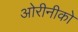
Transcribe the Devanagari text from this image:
ओरीनीको